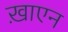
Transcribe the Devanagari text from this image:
ख़ाएन